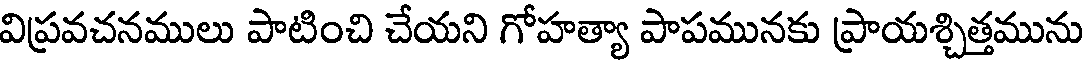
విప్రవచనములు పాటించి చేయని గోహత్యా పాపమునకు ప్రాయశ్చిత్తమును